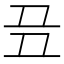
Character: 𬻈